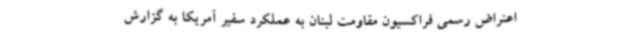
اعتراض رسمی فراکسیون مقاومت لبنان به عملکرد سفیر آمریکا به گزارش